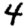
Digit: 4